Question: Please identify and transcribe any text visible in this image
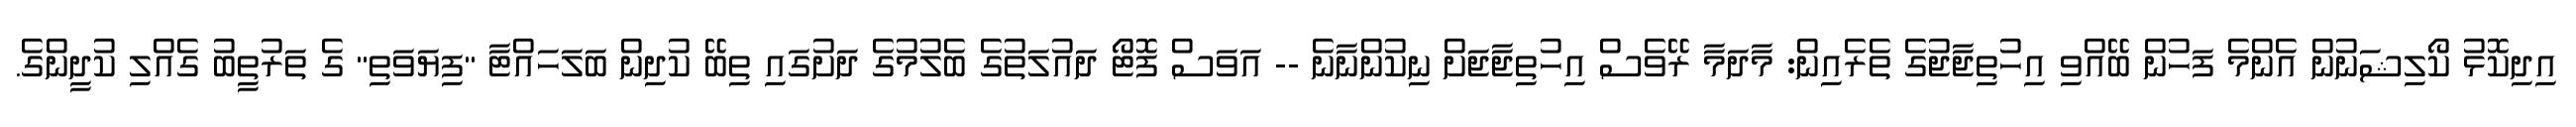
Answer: އިދިކޮޅު ކޯލިޝަނުން އެންމެ ފަހުން ބޭއްވި އިހުތިޖާޖުގެ ތެރެއިން: މާދަމާ ރޭވެސް އިހުތިޖާޖަށް ނިކުންނާނެ -- އަވަސް ފޮޓޯ ދައުލަތުގެ ބެލުމުގެ ދަށުގައި ތިބޭ ކުދިން ބަލަހައްޓާ "ފިޔަވަތި" ގެ ތަރުތީބު ގެއްލި ކުދީންގެ.